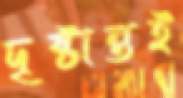
দৃষ্টান্তই